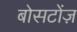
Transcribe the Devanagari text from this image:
बोसटोंज़